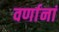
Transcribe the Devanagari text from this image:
वर्णानां